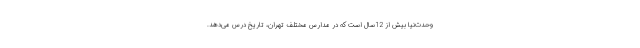
وحدت‌نیا بیش از 12سال است که در مدارس مختلف تهران، تاریخ درس می‌دهد.